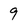
Character: 9